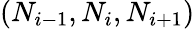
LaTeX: (N_{i-1},N_{i},N_{i+1})